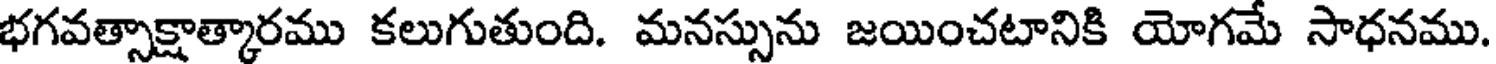
భగవత్సాక్షాత్కారము కలుగుతుంది. మనస్సును జయించటానికి యోగమే సాధనము